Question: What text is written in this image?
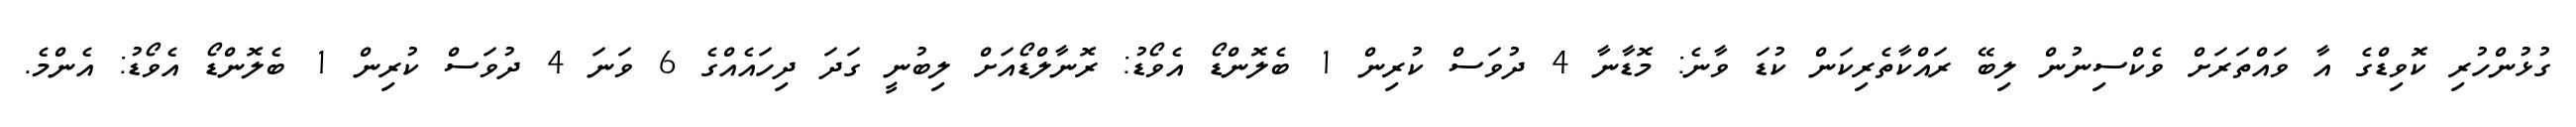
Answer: ގުޅުންހުރި ކޮވިޑްގެ އާ ވައްތަރަށް ވެކްސިނުން ލިބޭ ރައްކާތެރިކަން ކުޑަ ވާނެ: މޮޑާނާ 4 ދުވަސް ކުރިން 1 ބެލޮންޑޯ އެވޯޑު: ރޮނާލްޑޯއަށް ލިބުނީ ގަދަ ދިހައެއްގެ 6 ވަނަ 4 ދުވަސް ކުރިން 1 ބެލޮންޑޯ އެވޯޑު: އެންމެ.